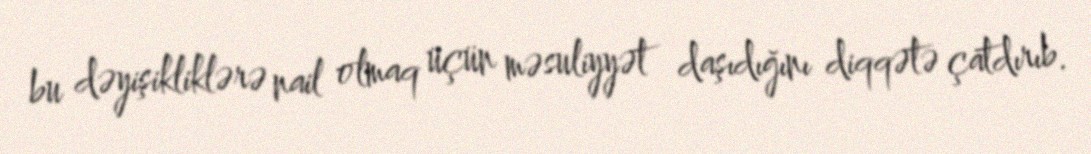
bu dəyişikliklərə nail olmaq üçün məsuliyyət daşıdığını diqqətə çatdırıb.